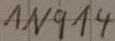
Text: 1N914